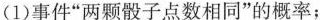
(1)事件”两颗骰子点数相同”的概率；